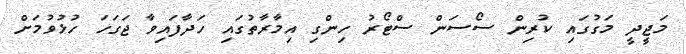
މަޖީދީ މަގުގައި ކުރިން ސޯސަން ސްޓޯރު ހިންގި އިމާރާތުގައި ހަދާފައިވާ ޖަގަހަ ހުޅުވުމަށް